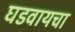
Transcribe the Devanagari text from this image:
घडवायचा